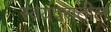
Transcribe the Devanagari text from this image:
स्वयंवरातील